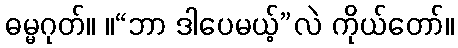
ဓမ္မဂုတ်။ ။“ဘာ ဒါပေမယ့်”လဲ ကိုယ်တော်။